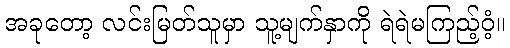
အခုတော့ လင်းမြတ်သူမှာ သူ့မျက်နှာကို ရဲရဲမကြည့်ဝံ့။